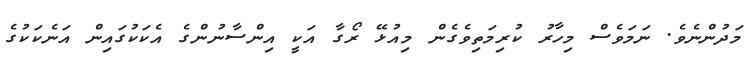
މަދުންނެވެ. ނަމަވެސް މިހާރު ކުރިމަތިވެގެން މިއުޅޭ ރޯގާ އަކީ އިންސާނުންގެ އެކަކުގައިން އަނެކަކުގެ